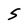
Character: S